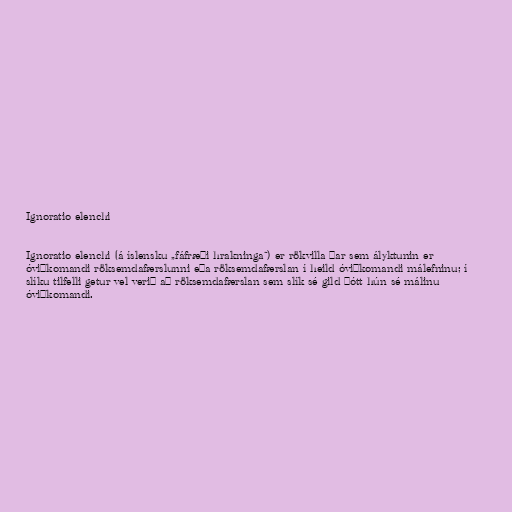
Ignoratio elenchi

Ignoratio elenchi (á íslensku „fáfræði hrakninga“) er rökvilla þar sem ályktunin er
óviðkomandi röksemdafærslunni eða röksemdafærslan í heild óviðkomandi málefninu; í
slíku tilfelli getur vel verið að röksemdafærslan sem slík sé gild þótt hún sé málinu
óviðkomandi.